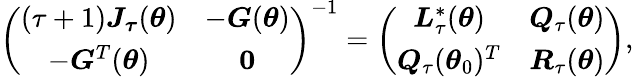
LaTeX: \left(\begin{array}{cc}{\left(\tau+1\right)\boldsymbol{J}_{\boldsymbol{\tau}}(\boldsymbol{\theta})}&{-\boldsymbol{G}(\boldsymbol{\theta})}\\ {-\boldsymbol{G}^{T}(\boldsymbol{\theta})}&{\boldsymbol{0}}\end{array}\right)^{-1}={\left(\begin{array}{cc}{\boldsymbol{L}_{\tau}^{\ast}(\boldsymbol{\theta})}&{\boldsymbol{Q}_{\tau}(\boldsymbol{\theta})}\\ {\boldsymbol{Q}_{\tau}(\boldsymbol{\theta}_{0})^{T}}&{\boldsymbol{R}_{\tau}(\boldsymbol{\theta})}\end{array}\right)},